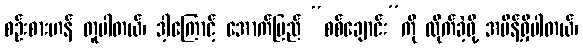
စဉ်းစားဟန် တူပါတယ်၊ ဒါ့ကြောင့် အောက်ပြည် “စစ်ချောင်း”ကို လိုက်ခဲ့ဖို့ အမိန့်ရှိပါတယ်၊